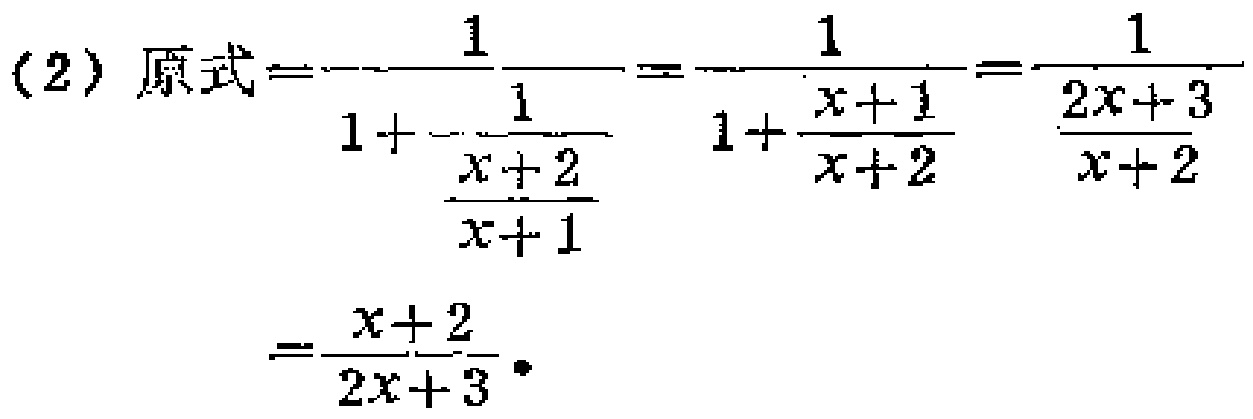
(2) 原式$=\frac{1}{1 + \frac{1}{\frac{x + 2}{x + 1}}}=\frac{1}{1 + \frac{x + 1}{x + 2}}=\frac{1}{\frac{2x + 3}{x + 2}}=\frac{x + 2}{2x + 3}$ 。